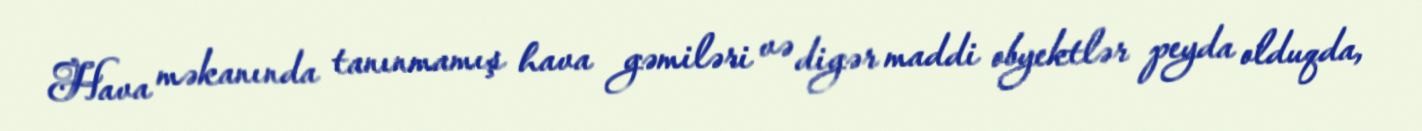
Hava məkanında tanınmamış hava gəmiləri və digər maddi obyektlər peyda olduqda,